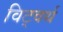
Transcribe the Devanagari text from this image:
विट्वर्थ